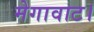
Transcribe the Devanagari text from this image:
मेगावाट।